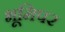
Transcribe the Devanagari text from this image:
भूमिपर